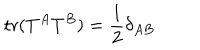
\mathrm { t r } ( T ^ { A } T ^ { B } ) = { \frac { 1 } { 2 } } \delta _ { A B }